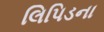
લિપિડના